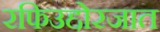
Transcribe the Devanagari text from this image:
रफिउद्दोरजात